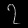
Digit: ၇